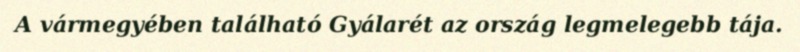
A vármegyében található Gyálarét az ország legmelegebb tája.